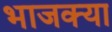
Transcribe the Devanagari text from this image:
भाजक्या